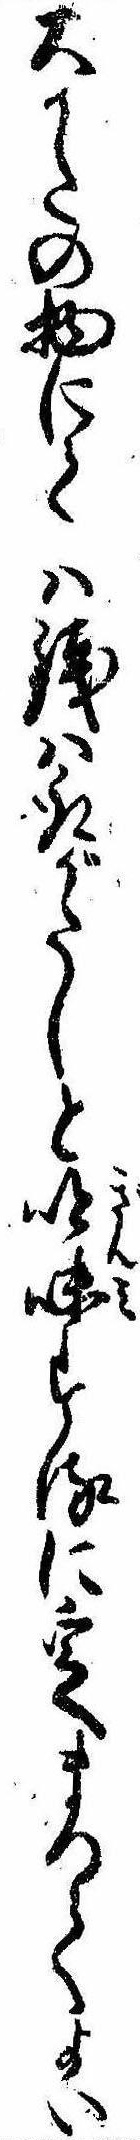
大かたの物にては銭は取がたしと吟味するに定まつてよい